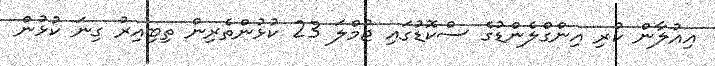
އިއުލާން ކުރި އިންގްލެންޑުގެ ސްކޮޑުގައި ޖުމްލަ 23 ކުޅުންތެރިން ތިބިއިރު ގިނަ ކުޅުން